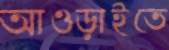
আওড়াইতে